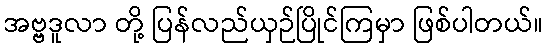
အဗ္ဗဒူလာ တို့ ပြန်လည်ယှဉ်ပြိုင်ကြမှာ ဖြစ်ပါတယ်။